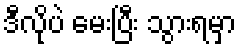
ဒီလိုပဲ မေးပြီး သွားရမှာ